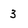
Character: 3